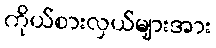
ကိုယ်စားလှယ်များအား